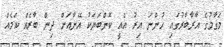
މަގާމުގެ އާރާބާރުގައި ހުންނަ އިރު އެއީ ކޮންބަޔަކު އޭނާއަށް ދިން ބާރެއް ކަމެއް